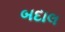
બદાલ